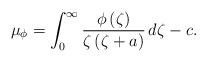
LaTeX: \begin{align*}\mu_{\phi}=\int_0^{\infty}\frac{\phi\left(\zeta\right)}{\zeta\left(\zeta+a\right)}\, d \zeta-c. \end{align*}